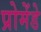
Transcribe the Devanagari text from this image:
प्रोमेंडे